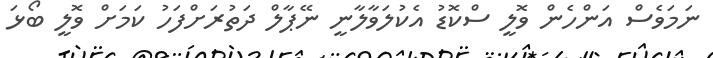
ނަމަވެސް އަންހެން ވޮލީ ސްކޮޑު އެކުލަވާލާނީ ނޭޕާލް ދަތުރަށްފަހު ކަމަށް ވޮލީ ބޯޅަ